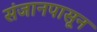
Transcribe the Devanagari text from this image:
संजानपासून